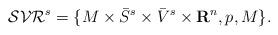
LaTeX: \begin{align*}\mathcal{SVR}^{s}=\{M\times \bar{S}^{s}\times\bar{V}^{s} \times\textbf{R}^{n},p,M\}.\end{align*}